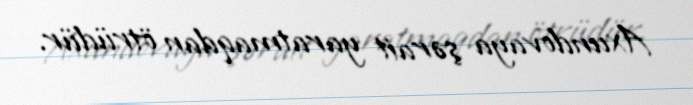
Axundovaya şərait yaratmaqdan ötrüdür.